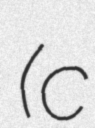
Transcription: (c